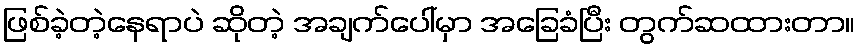
ဖြစ်ခဲ့တဲ့နေရာပဲ ဆိုတဲ့ အချက်ပေါ်မှာ အခြေခံပြီး တွက်ဆထားတာ။